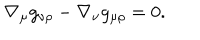
LaTeX: \nabla _ { \mu } g _ { \nu \rho } - \nabla _ { \nu } g _ { \mu \rho } = 0 .